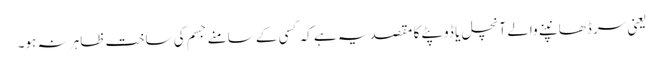
یعنی سر ڈھانپنے والے آنچل یا ڈوپٹے کا مقصد یہ ہے کہ کسی کے سامنے جسم کی ساخت ظاہر نہ ہو۔